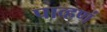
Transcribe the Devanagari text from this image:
पाव्हणं